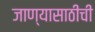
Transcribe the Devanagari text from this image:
जाण्यासाठीची